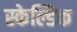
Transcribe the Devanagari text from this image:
स्केल्डिक